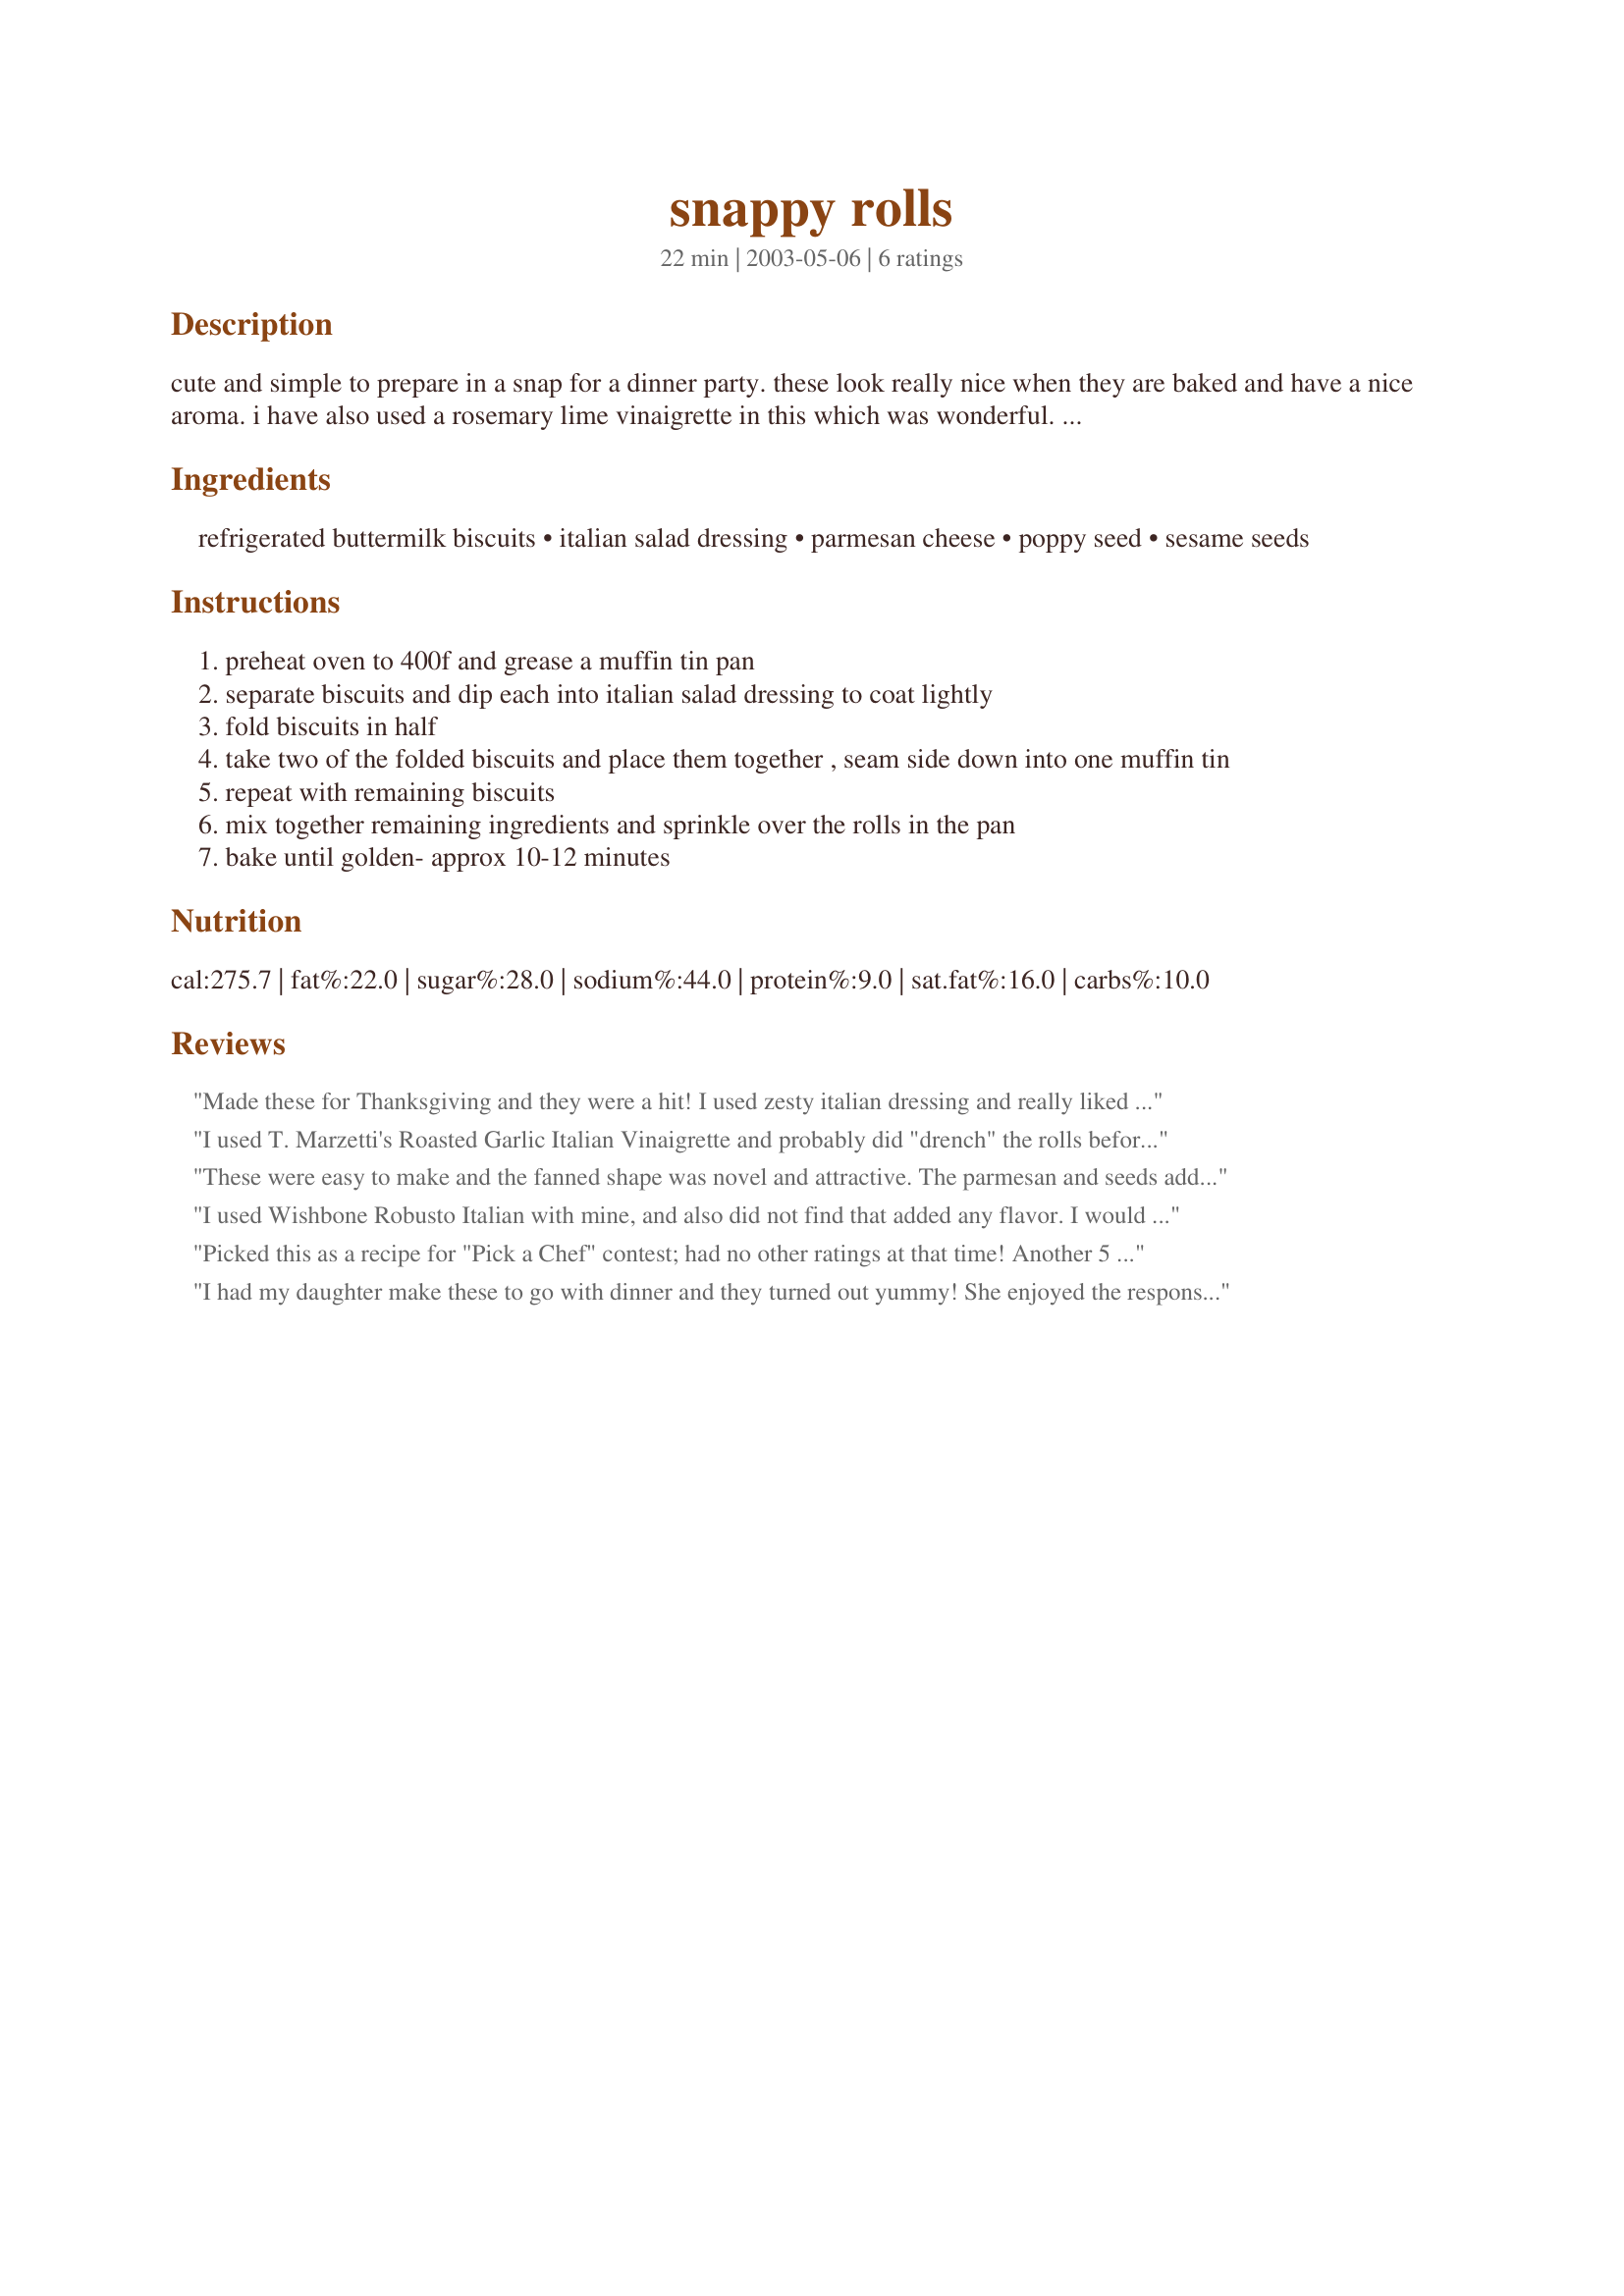
snappy rolls
Preparation time: 22 minutes

cute and simple to prepare in a snap for a dinner party. these look really nice when they are baked and have a nice aroma. i have also used a rosemary lime vinaigrette in this which was wonderful. adapted from an old issue of southern living.

Ingredients:
refrigerated buttermilk biscuits, italian salad dressing, parmesan cheese, poppy seed, sesame seeds

Steps:
preheat oven to 400f and grease a muffin tin pan
separate biscuits and dip each into italian salad dressing to coat lightly
fold biscuits in half
take two of the folded biscuits and place them together , seam side down into one muffin tin
repeat with remaining biscuits
mix together remaining ingredients and sprinkle over the rolls in the pan
bake until golden- approx 10-12 minutes

Reviews:
Made these for Thanksgiving and they were a hit! I used zesty italian dressing and really liked the combo of flavors. Thanks for a yummy recipe!
I used T. Marzetti's Roasted Garlic Italian Vinaigrette and probably did "drench" the rolls before folding in half and filling the muffin tins. It added a great flavor to dress up those tube biscuits.
These were easy to make and the fanned shape was novel and attractive. The parmesan and seeds added a nice accent. However, the dipping in Italian salad dressing (I used Ken's Steak House brand) did not add anything discernable to the flavor. If I make them again, I'll probably add some Italian herb seasoning to the dressing before dipping the rolls. A pleasant accompaniment to dinner.
I used Wishbone Robusto Italian with mine, and also did not find that added any flavor. I would add more herbs if I were to make these again. They were very pretty when cooked, just didn't have a lot of flavor. Thanks for sharing!
Picked this as a recipe for "Pick a Chef" contest; had no other ratings at that time! Another 5 stars; easy to make and very good. I baked 8 mini rolls in a mini loaf pan.
I had my daughter make these to go with dinner and they turned out yummy! She enjoyed the response they got-and said they were so easy to make!They looked so pretty too!Thanks Heather! :lol:
